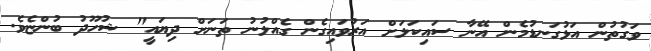
ވަގުތުން އަޅުގަނޑުމެން އޭނާ ސައިކަލަށް އަރުވައިގެން ގެއްލުނު ތަނަށް ދިޔައީ" ޝުހޫދު ބުންޏެވެ.